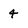
Character: 4